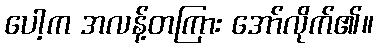
ပေါ့က အလန့်တကြား အော်လိုက်၏။